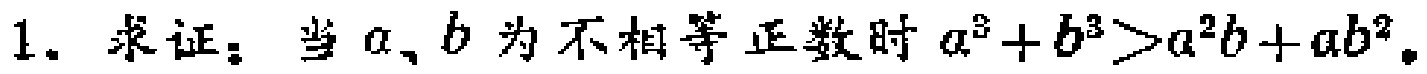
1. 求证：当 \(a,b\) 为不相等正数时 \(a^{3}+b^{3}>a^{2}b + ab^{2}\)。